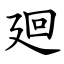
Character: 廻